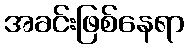
အခင်းဖြစ်နေရာ